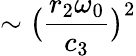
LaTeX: \sim\big(\frac{r_{2}\omega_{0}}{c_{3}}\big)^{2}